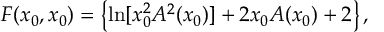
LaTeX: F ( x _ { 0 } , x _ { 0 } ) = \left\{ \ln [ x _ { 0 } ^ { 2 } A ^ { 2 } ( x _ { 0 } ) ] + 2 x _ { 0 } A ( x _ { 0 } ) + 2 \right\} ,